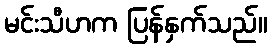
မင်းသီဟက ပြန်နှက်သည်။